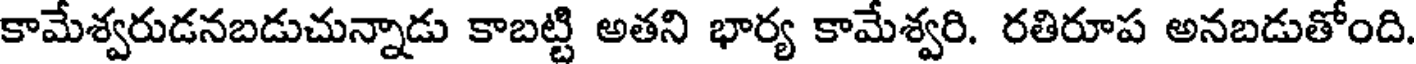
కామేశ్వరుడనబడుచున్నాడు కాబట్టి అతని భార్య కామేశ్వరి. రతిరూప అనబడుతోంది